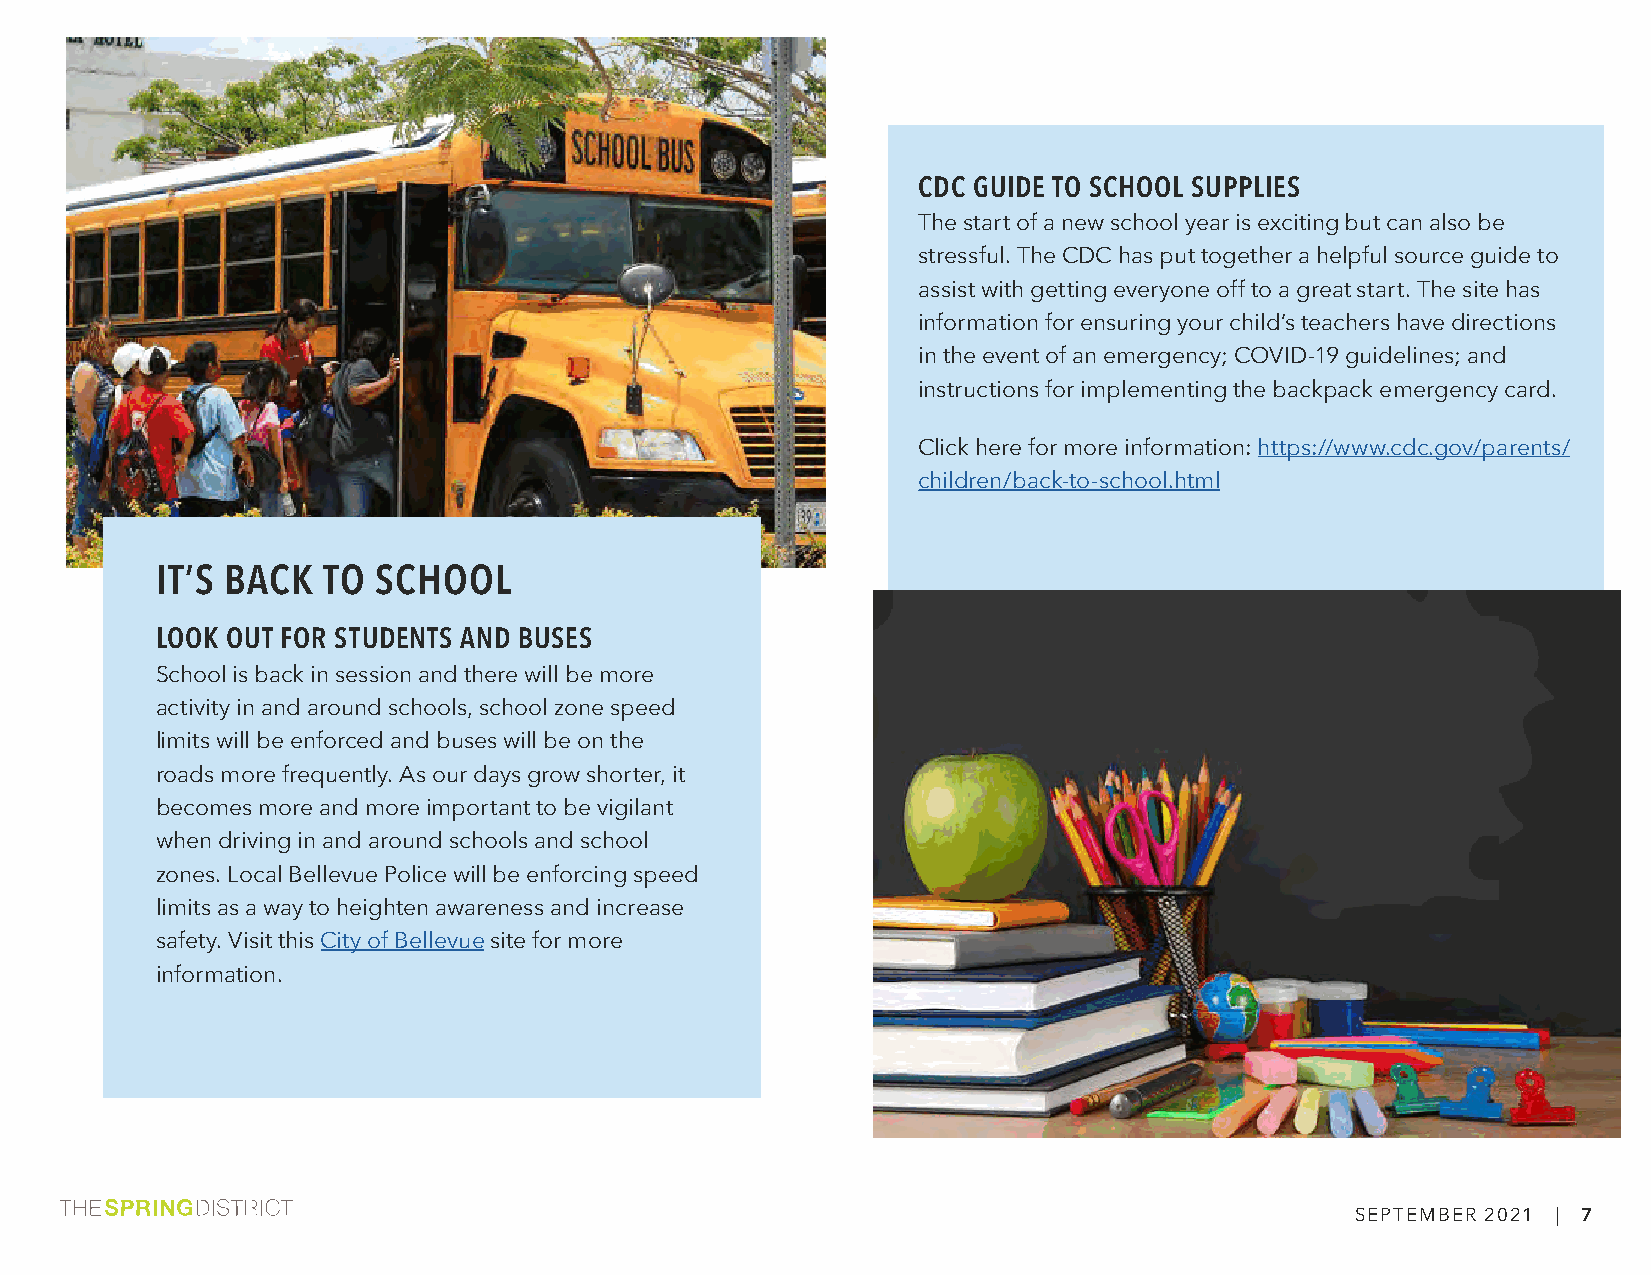
CDC GUIDE TO SCHOOL SUPPLIES
 The start of a new school year is exciting but can also be
 stressful. The CDC has put together a helpful source guide to
 assist with getting everyone off to a great start. The site has
 information for ensuring your child’s teachers have directions
 in the event of an emergency; COVID-19 guidelines; and
 instructions for implementing the backpack emergency card.
 Click here for more information: https://www.cdc.gov/parents/
 children/back-to-school.html
 IT’S BACK  TO  SCHOOL
 LOOK OUT FOR STUDENTS AND BUSES
 School is back in session and there will be more
 activity in and around schools, school zone speed
 limits will be enforced and buses will be on the
 roads more frequently. As our days grow shorter, it
 becomes more and more important to be vigilant
 when driving in and around schools and school
 zones. Local Bellevue Police will be enforcing speed
 limits as a way to heighten awareness and increase
 safety. Visit this City of Bellevue site for more
 information.
 SEPTEMBER 2021 | 7